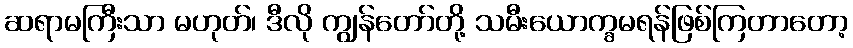
ဆရာမကြီးသာ မဟုတ်၊ ဒီလို ကျွန်တော်တို့ သမီးယောက္ခမရန်ဖြစ်ကြတာတော့